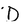
Character: D